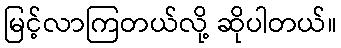
မြင့်လာကြတယ်လို့ ဆိုပါတယ်။